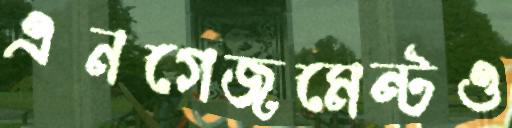
এনগেজমেন্টও